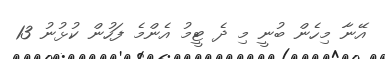
އޭނާ މިހެން ބުނީ މި ދެ ޓީމު އެންމެ ފަހުން ކުޅުނު 13